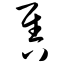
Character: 售